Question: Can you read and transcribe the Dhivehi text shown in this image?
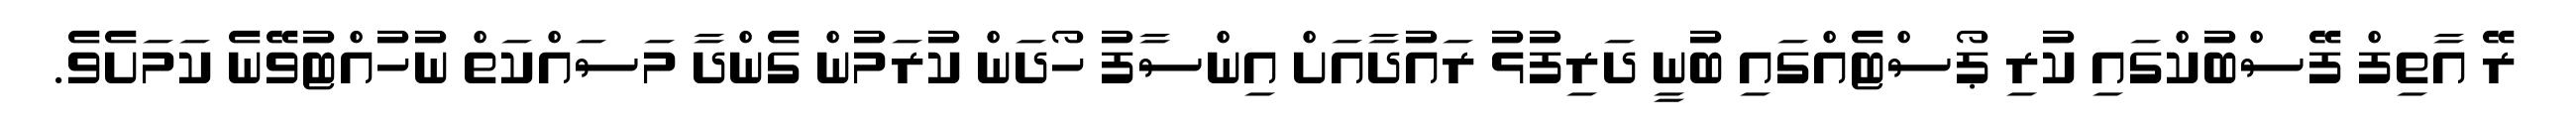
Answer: ރޭ އާތިފް ފޭސްބުކްގައި ކުރި ޕޯސްޓެއްގައި ބުނީ ދަރިފުޅު ރައުދާއަށް އިންސާފު ހޯދަން ކުރަމުން ގެންދާ މަސައްކަތް ނުހުއްޓުވޭނެ ކަމަށެވެ.